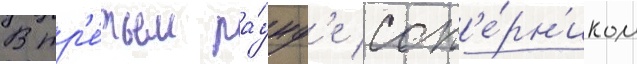
В тр'е́тьем ра́унд'е соп'е́рн'иком